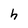
Character: h